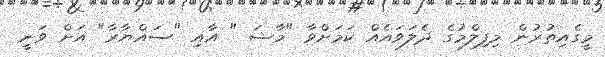
މީގެއިތުރުން މިފިލްމުގެ ދެލަވައެއް ކަމަށްވާ "މާޝަ " އާއި "ސައްޔާރާ" އަށް ވަނީ